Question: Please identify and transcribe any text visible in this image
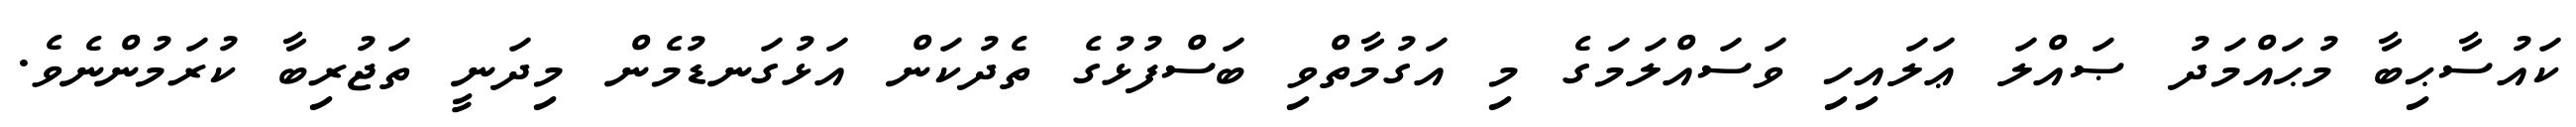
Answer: ކައުސާޙިބާ މުޙައްމަދު ޞައްލަ ޢަލައިހި ވަސައްލަމަގެ މި އަގުމާތްވި ބަސްފުޅުގެ ތެދުކަން އަޅުގަނޑުމެން މިދަނީ ތަޖުރިބާ ކުރަމުންނެވެ.